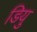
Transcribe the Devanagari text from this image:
डियु